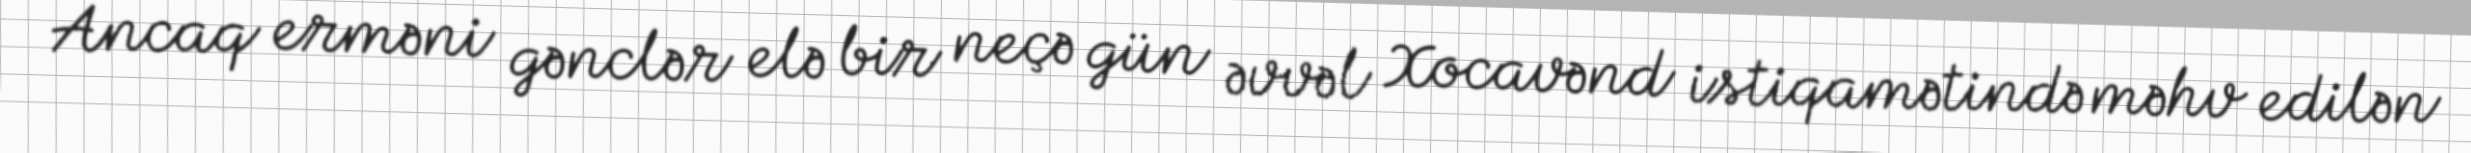
Ancaq erməni gənclər elə bir neçə gün əvvəl Xocavənd istiqamətində məhv edilən